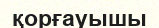
қорғауышы